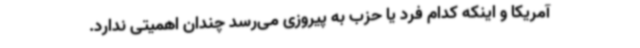
آمریکا و اینکه کدام فرد یا حزب به پیروزی می‌رسد چندان اهمیتی ندارد.